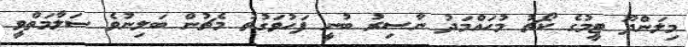
މިލަންދޫ ޓީމުގެ ކޯޗު މުހައްމަދު ނާސިރު ބުނީ ފަހުވަގުތު މެޗުން ބަލިނުވެ ސަލާމަތްވީ